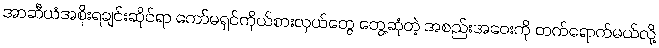
အာဆီယံအစိုးရချင်းဆိုင်ရာ ကော်မရှင်ကိုယ်စားလှယ်တွေ တွေ့ဆုံတဲ့ အစည်းအဝေးကို တက်ရောက်မယ်လို့